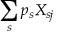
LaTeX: \sum _ { s } p _ { s } X _ { s j }